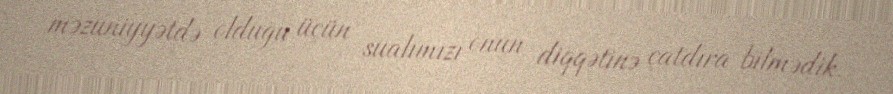
məzuniyyətdə olduğu üçün sualımızı onun diqqətinə çatdıra bilmədik.